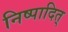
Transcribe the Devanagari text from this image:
निष्पादित्